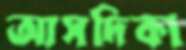
আসদিকা